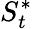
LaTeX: S_{t}^{*}